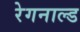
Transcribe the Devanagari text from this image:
रेगनाल्ड